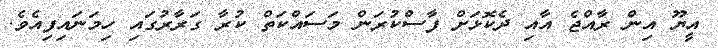
އީޔޫ އިން ރާއްޖެ އާއި ދެކޮޅަށް ފާސްކުރަން މަސައްކަތް ކުރާ ގަރާރުގައި ހިމަނައިފިއެވެ.